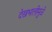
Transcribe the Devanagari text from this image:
देखभालीमुळे